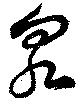
泉